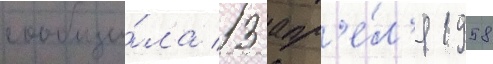
сообщи́ла 13 апр'е́л'я 1958